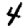
Digit: 4